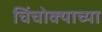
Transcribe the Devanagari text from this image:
चिंचोक्याच्या